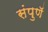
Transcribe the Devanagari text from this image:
संपुणॅ